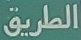
الطريق